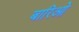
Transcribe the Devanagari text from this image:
बारिओ